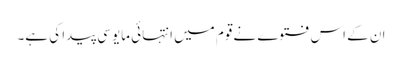
ان کے اس فتوے نے قوم میں انتہائی مایوسی پیدا کی ہے۔